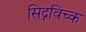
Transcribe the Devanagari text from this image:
सिद्गविच्क